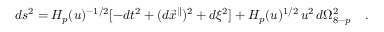
d s ^ { 2 } = H _ { p } ( u ) ^ { - 1 / 2 } [ - d t ^ { 2 } + ( d { { \vec { x } } ^ { \parallel } } ) ^ { 2 } + d \xi ^ { 2 } ] + H _ { p } ( u ) ^ { 1 / 2 } \, u ^ { 2 } \, d \Omega _ { 8 - p } ^ { 2 } \quad .